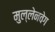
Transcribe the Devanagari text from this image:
मुल्लेनवेग